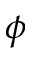
\phi